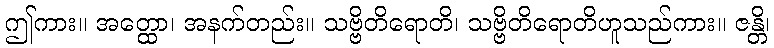
ဤကား။ အတ္ထော၊ အနက်တည်း။ သဗ္ဗိတိရောတိ၊ သဗ္ဗိတိရောတိဟူသည်ကား။ ဇန္တိ၊